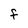
Character: F